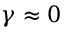
\gamma \approx 0